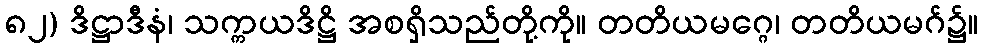
၈၂) ဒိဋ္ဌာဒီနံ၊ သက္ကယဒိဋ္ဌိ အစရှိသည်တို့ကို။ တတိယမဂ္ဂေ၊ တတိယမဂ်၌။